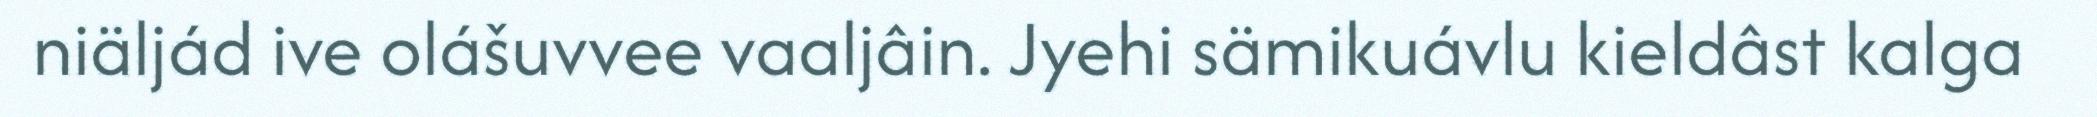
niäljád ive olášuvvee vaaljâin. Jyehi sämikuávlu kieldâst kalga